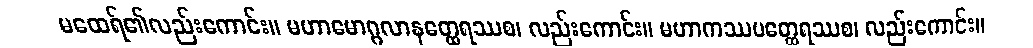
မထေရ်၏လည်းကောင်း။ မဟာမောဂ္ဂလာနတ္ထေရဿစ၊ လည်းကောင်း။ မဟာကဿပတ္ထေရဿစ၊ လည်းကောင်း။